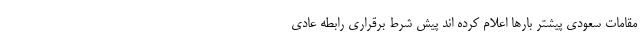
مقامات سعودی پیشتر بارها اعلام کرده اند پیش شرط برقراری رابطه عادی